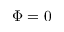
\Phi = 0